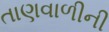
તાણવાળીની